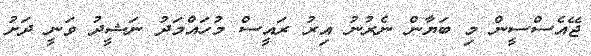
ޖޭއެސްސީން މި ބަޔާން ނެރުނު އިރު ރައީސް މުހައްމަދު ނަޝީދު ވަނީ ދަށު